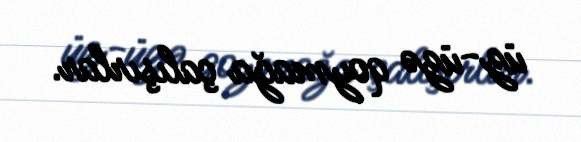
üz-üzə qoymağa çalışırlar.